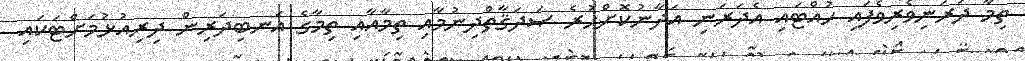
ތިމާ ދަރަނިވެރިވެފައި ހުއްޓައި އެދަރަނި އަދާނުކޮށްހުރެ ޞަދަޤާތްދިނުމާއި ތިމާއާއި ތިމާގެ އަނބިދަރިން ދިރިއުޅުމަށްޓަކައި